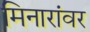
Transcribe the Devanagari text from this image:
मिनारांवर